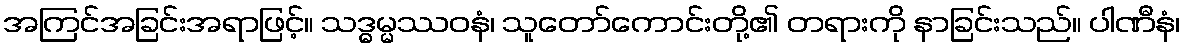
အကြင်အခြင်းအရာဖြင့်။ သဒ္ဓမ္မဿဝနံ၊ သူတော်ကောင်းတို့၏ တရားကို နာခြင်းသည်။ ပါဏီနံ၊